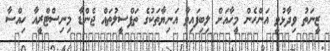
ޒީނަތު ވިދާޅުވީ އަންހެން މީހާއަށް ލިބިފައިވާ އަނިޔާތަކުގެ ތަފްސީލުތައް ޖެންޑާ މިނިސްޓްރީއާ ހިއްސާ